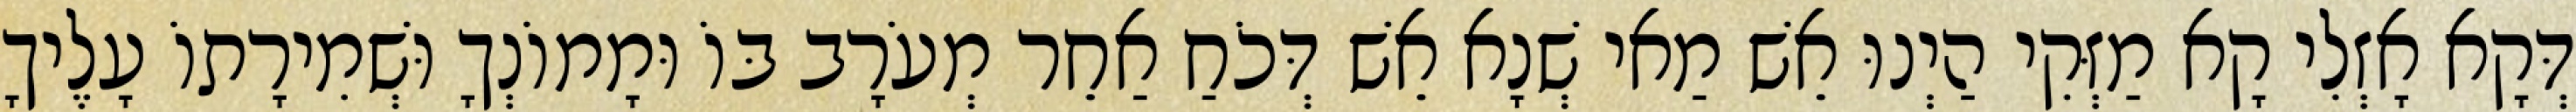
דְּקָא אָזְלִי קָא מַזְּקִי הַיְנוּ אֵשׁ מַאי שְׁנָא אֵשׁ דְּכֹחַ אַחֵר מְעֹרָב בּוֹ וּמָמוֹנְךָ וּשְׁמִירָתוֹ עָלֶיךָ